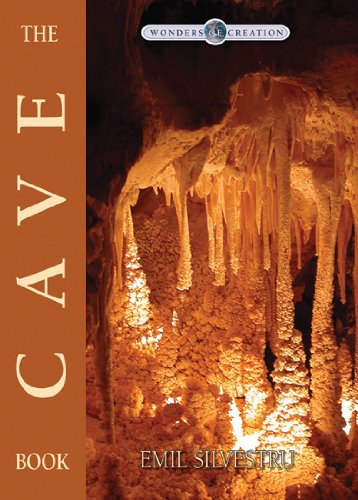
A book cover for The Cave Book (Wonders of Creation); Emil Silvestru; Christian Books & Bibles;